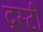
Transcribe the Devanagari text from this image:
द्रस्टी